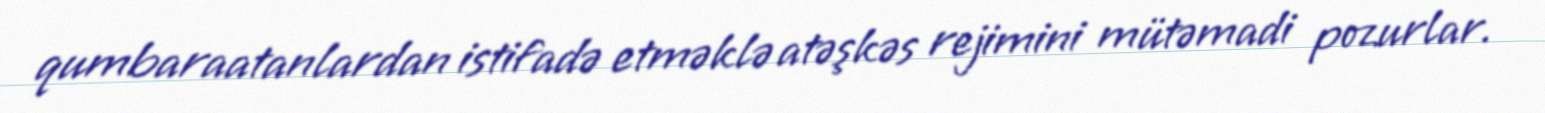
qumbaraatanlardan istifadə etməklə atəşkəs rejimini mütəmadi pozurlar.